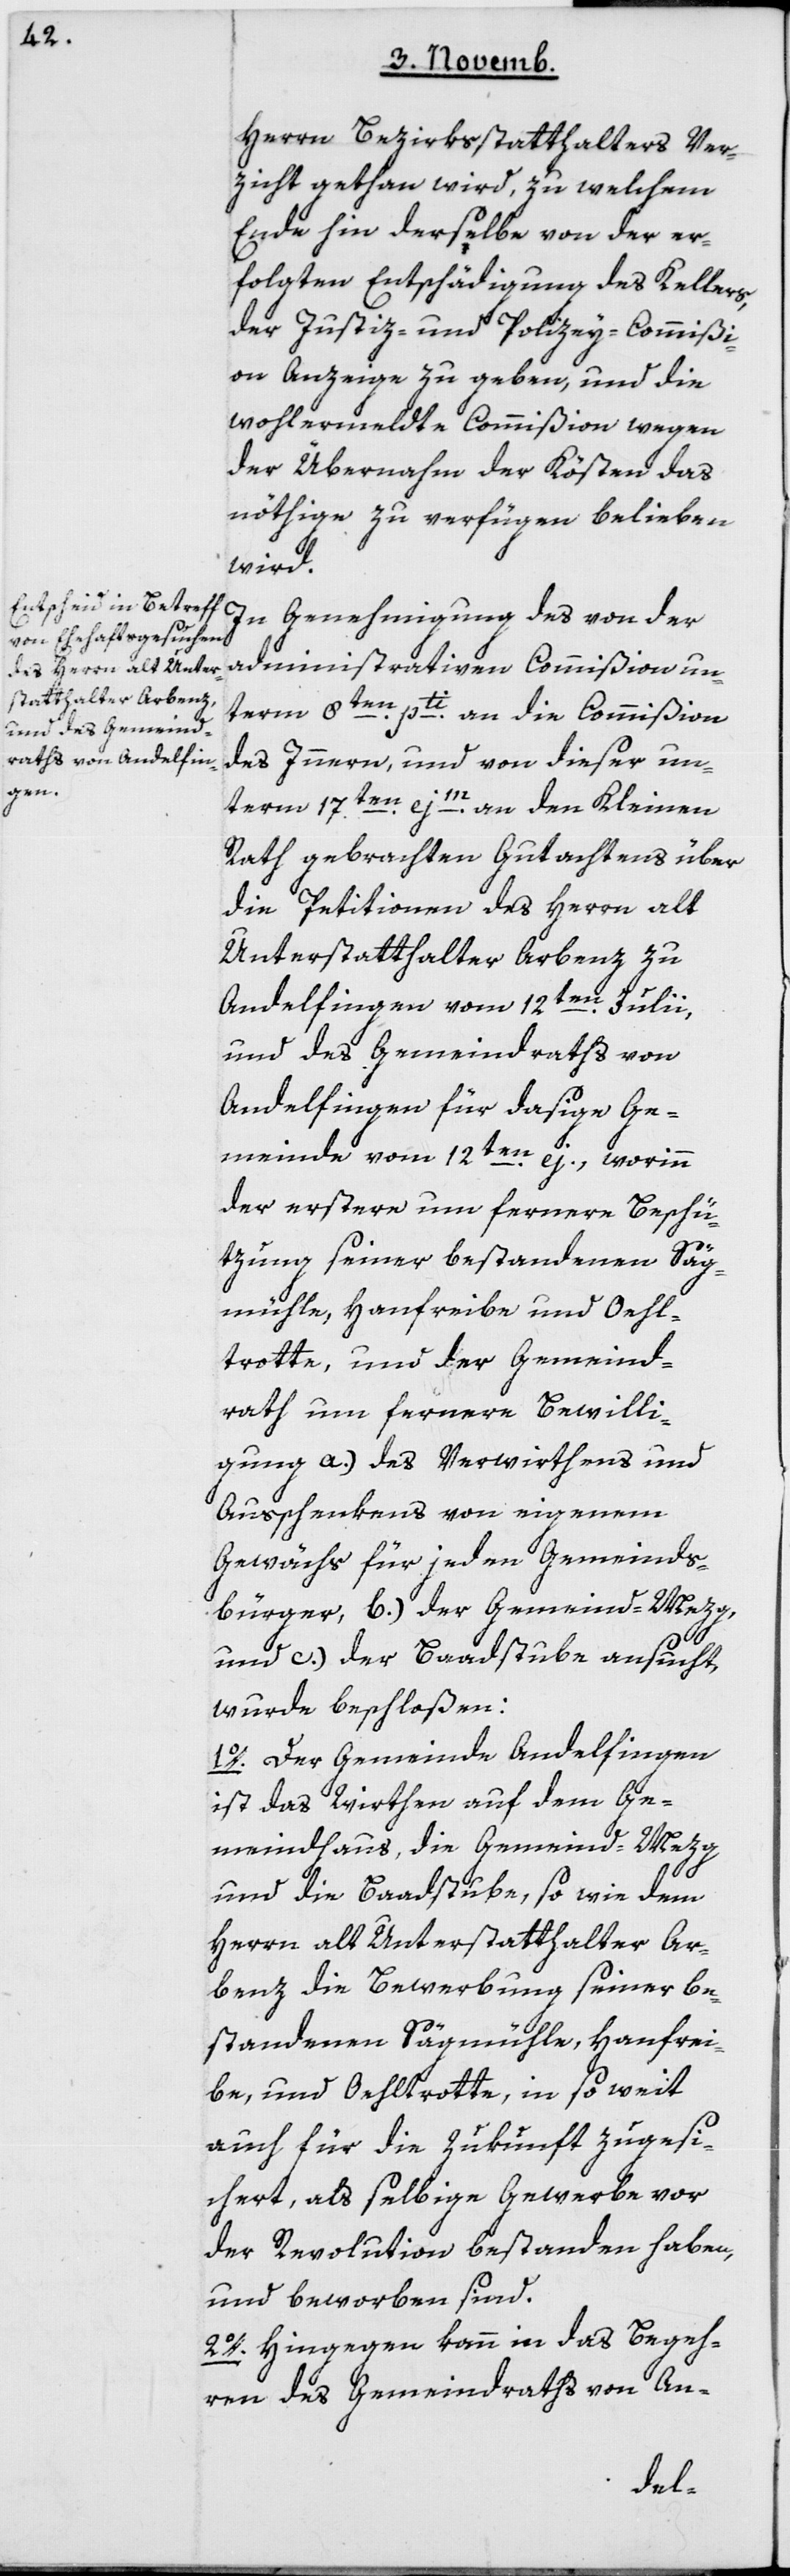
Herrn Bezirksstatthalters Ver¬
zicht gethan wird, zu welchem
Ende hin derselbe von der er¬
folgten Entschädigung des Kellers,
der Justiz- und Polizey-Commißi¬
on Anzeige zu geben, und die
wohlermeldte Commißion wegen
der Übernahme der Kösten das
nöthige zu verfügen belieben
wird.
In Genehmigung des von der
administrativen Commißion un¬
term 8ten pti an die Commißion
des Innern, und von dieser un¬
term 17ten ejm an den Kleinen
Rath gebrachten Gutachtens über
die Petitionen des Herrn alt
Unterstatthalter Arbenz zu
Andelfingen vom 12ten Julii,
und des Gemeindraths von
Andelfingen für dasige Ge¬
meinde vom 12ten ej., worinn
der erstere um fernere Beschü¬
tzung seiner bestandenen Säg¬
mühle, Hanfreibe und Oehl¬
trotte, und der Gemeind¬
rath um fernere Bewilli¬
gung a) des Verwirthens und
Ausschenkens von eigenem
Gewächs für jeden Gemeinds¬
bürger, b) der Gemeind-Mezg,
und c) der Badstube ansucht,
wurde beschloßen:
1. Der Gemeinde Andelfingen
ist das Wirthen auf dem Ge¬
meindhaus, die Gemeind-Mezg
und die Baadstube, so wie dem
Herrn alt Unterstatthalter Ar¬
benz die Bewerbung seiner be¬
standenen Sägmühle, Hanfrei¬
be und Oehltrotte, in so weit
auch für die Zukunft zugesi¬
chert, als selbige Gewerbe vor
der Revolution bestanden haben,
und beworben sind.
2. Hingegen kann in das Begeh¬
ren des Gemeindraths von An-